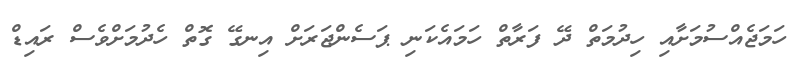
ހަމަޖެއްސުމަށާއި ހިދުމަތް ދޭ ފަރާތް ހަމައެކަނި ޕަސެންޖަރަށް އިނގޭ ގޮތް ހެދުމަށްވެސް ރައިޑް